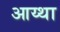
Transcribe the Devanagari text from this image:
आय्था